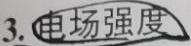
3. 电场强度